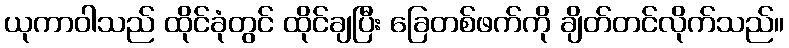
ယုကာဝါသည် ထိုင်ခုံတွင် ထိုင်ချပြီး ခြေတစ်ဖက်ကို ချိတ်တင်လိုက်သည်။